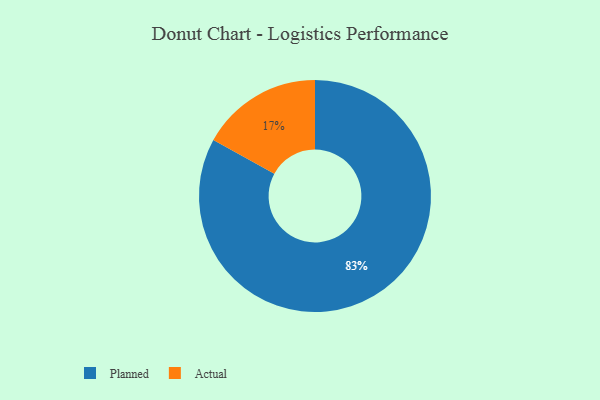
{"axis": {"x": "Category", "y": "Percentage"}, "legend": ["Actual", "Planned"], "data": [{"x": "Planned", "y": 83, "type": "Planned"}, {"x": "Actual", "y": 17, "type": "Actual"}]}